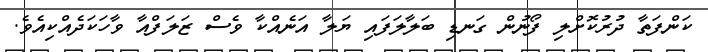
ކަންފަތާ ދުރުކޮށްލި ފޯނުން ގަނޑި ބަލާލަފައި ޔަލާ އަނެއްކާ ވެސް ޒަލަފްއާ ވާހަކަދެއްކިއެވެ.